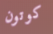
كوتون